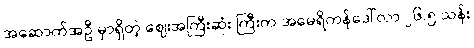
အဆောက်အဦ မှာရှိတဲ့ ဈေးအကြီးဆုံး ကြီးက အမေရိကန်ဒေါ်လာ ၂၆.၅ သန်း